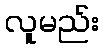
လူမည်း